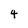
Character: 4